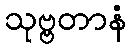
သုဗ္ဗတာနံ